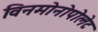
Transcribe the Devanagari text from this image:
विनमोनोपोलेट